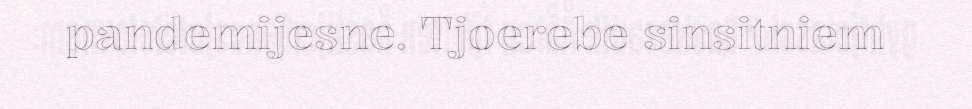
pandemijesne. Tjoerebe sinsitniem